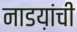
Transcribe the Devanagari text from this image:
नाडय़ांची